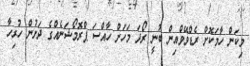
މިކަން ހާމަކޮށް ރެޑްވޭވްއިން ބުނީ ރޯދަ މަހަށް ހާއްސަ ޕްރޮމޯޝަނެއްގެ ދަށުން ހުރިހާ